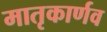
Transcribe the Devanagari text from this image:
मातृकार्णव